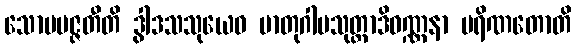
သောပပဇ္ဇတီတိ ဒွါဒသသုယေဝ မာတုဂါမသုတ္တာဒိဝဏ္ဏနာ ပရိဏတောတိ